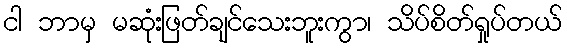
ငါ ဘာမှ မဆုံးဖြတ်ချင်သေးဘူးကွာ၊ သိပ်စိတ်ရှုပ်တယ်